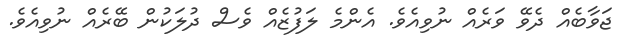
ޖަވާބެއް ދެވޭ ވަރެއް ނުވިއެވެ. އެންމެ ލަފުޒެއް ވެސް ދުލަކުން ބޭރެއް ނުވިއެވެ.